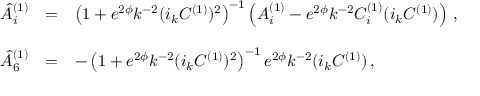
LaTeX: \begin{array} { r c l } { { { \hat { A } } _ { i } ^ { ( 1 ) } } } & { { = } } & { { \left( 1 + e ^ { 2 \phi } k ^ { - 2 } ( i _ { k } C ^ { ( 1 ) } ) ^ { 2 } \right) ^ { - 1 } \left( A _ { i } ^ { ( 1 ) } - e ^ { 2 \phi } k ^ { - 2 } C _ { i } ^ { ( 1 ) } ( i _ { k } C ^ { ( 1 ) } ) \right) \, , } } \\ { { } } & { { } } & { { } } \\ { { { \hat { A } } _ { 6 } ^ { ( 1 ) } } } & { { = } } & { { - \left( 1 + e ^ { 2 \phi } k ^ { - 2 } ( i _ { k } C ^ { ( 1 ) } ) ^ { 2 } \right) ^ { - 1 } e ^ { 2 \phi } k ^ { - 2 } ( i _ { k } C ^ { ( 1 ) } ) \, , } } \end{array}